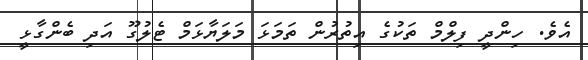
އެވެ. ހިންދީ ފިލްމް ތަކުގެ އިތުރުން ތަމަޅަ މަލަޔާޅަމް ޓެލުގޫ އަދި ބެންގާޅީ